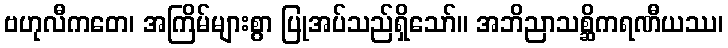
ဗဟုလီကတေ၊ အကြိမ်များစွာ ပြုအပ်သည်ရှိသော်။ အဘိညာသစ္ဆိကရဏီယဿ၊